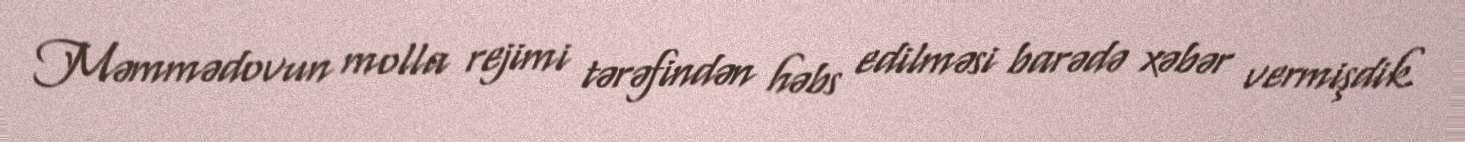
Məmmədovun molla rejimi tərəfindən həbs edilməsi barədə xəbər vermişdik.